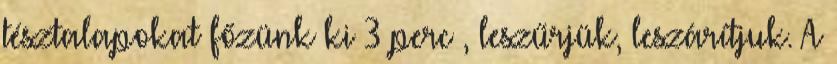
tésztalapokat főzünk ki 3 perc , leszűrjük, leszárítjuk. A